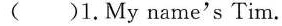
( )1.My name's Tim.